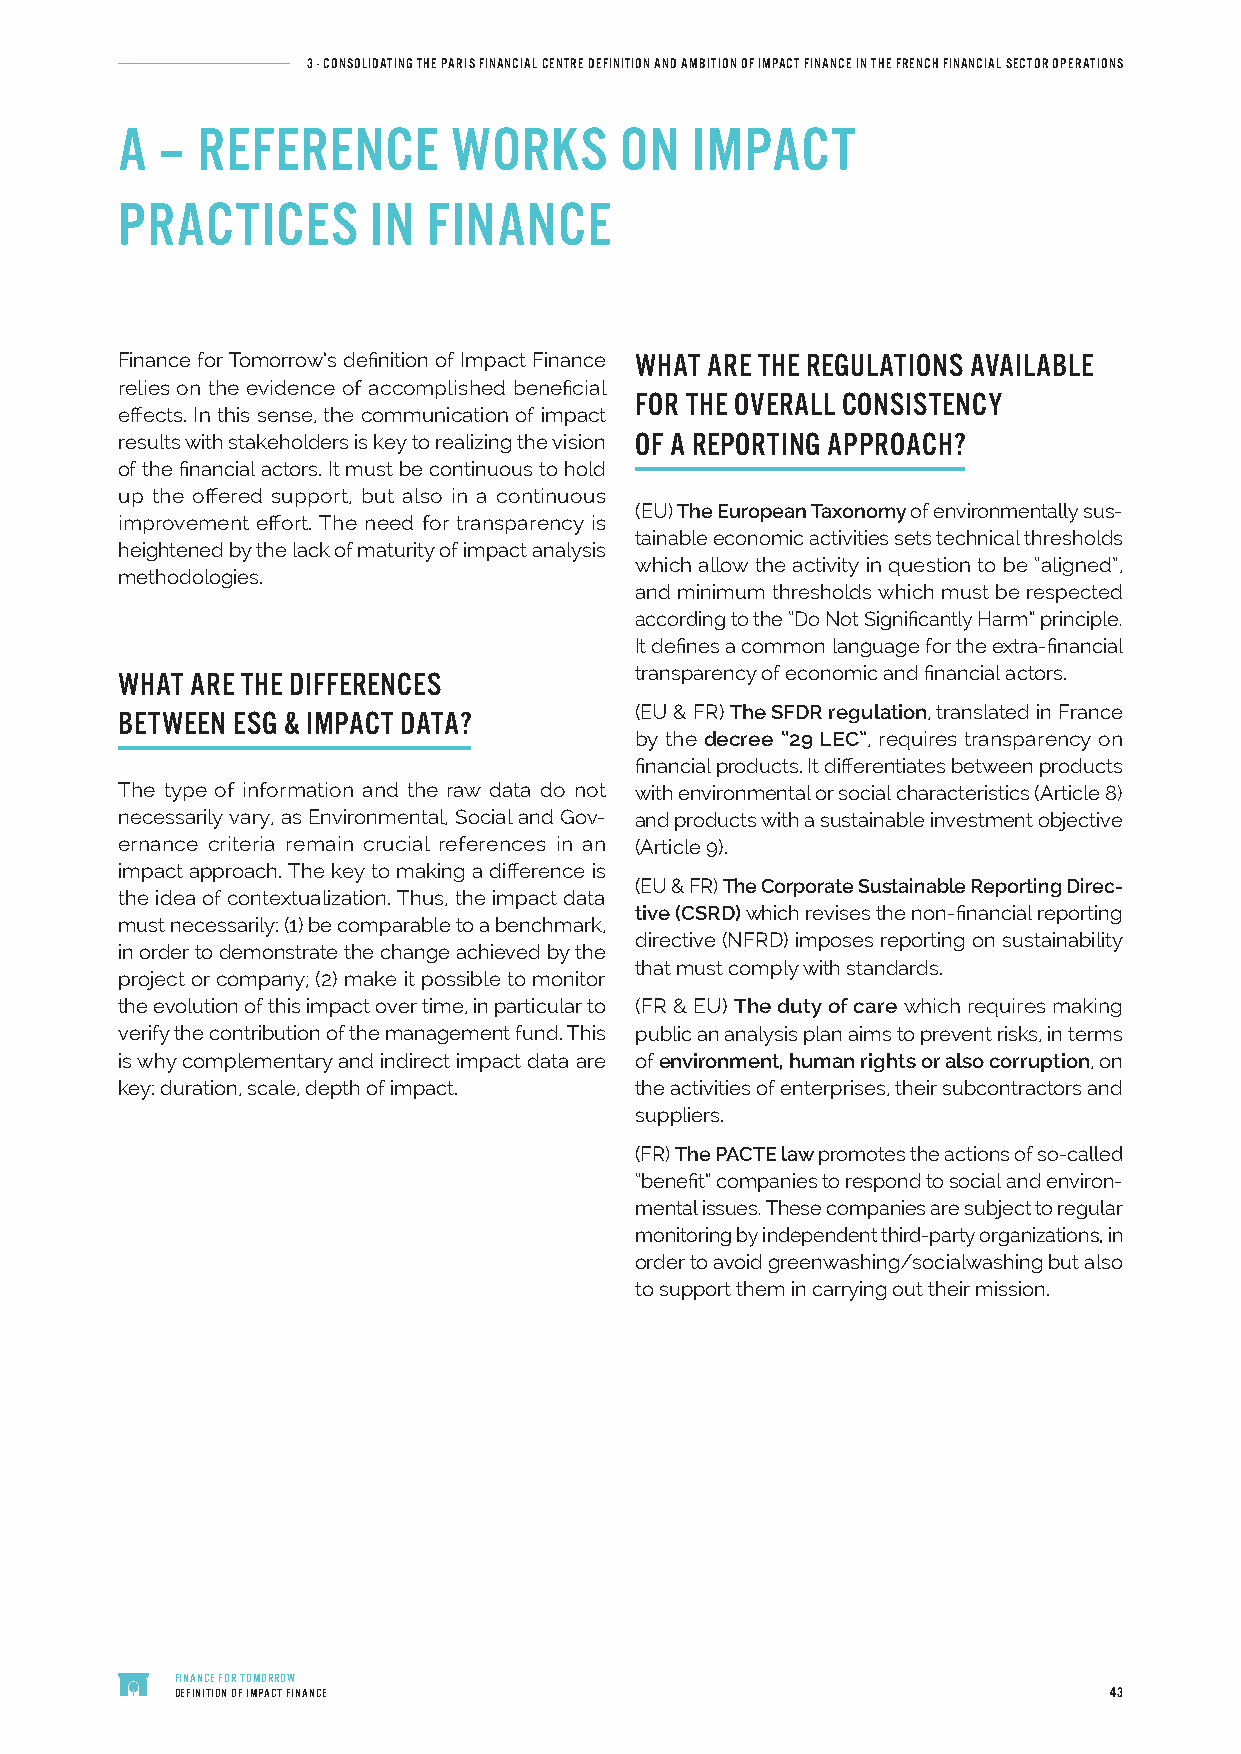
3 - CONSOLIDATING THE PARIS FINANCIAL CENTRE DEFINITION AND AMBITION OF IMPACT FINANCE IN THE FRENCH FINANCIAL SECTOR OPERATIONS
 A  – REFERENCE        WORKS      ON   IMPACT
 PRACTICES        IN FINANCE
 Finance for Tomorrow’s definition of Impact Finance WHAT ARE THE REGULATIONS AVAILABLE
 relies on the evidence of accomplished beneficial
 FOR THE OVERALL CONSISTENCY
 effects. In this sense, the communication of impact
 results with stakeholders is key to realizing the vision OF A REPORTING APPROACH?
 of the financial actors. It must be continuous to hold
 up the offered support, but also in a continuous
 (EU) The European Taxonomy of environmentally sus-
 improvement effort. The need for transparency is
 tainable economic activities sets technical thresholds
 heightened by the lack of maturity of impact analysis
 which allow the activity in question to be “aligned”,
 methodologies.
 and minimum thresholds which must be respected
 according to the “Do Not Significantly Harm” principle.
 It defines a common language for the extra-financial
 WHAT ARE THE DIFFERENCES          transparency of economic and financial actors.
 BETWEEN ESG & IMPACT DATA?        (EU & FR) The SFDR regulation, translated in France
 by the decree “29 LEC”, requires transparency on
 financial products. It differentiates between products
 The type of information and the raw data do not with environmental or social characteristics (Article 8)
 necessarily vary, as Environmental, Social and Gov- and products with a sustainable investment objective
 ernance criteria remain crucial references in an (Article 9).
 impact approach. The key to making a difference is
 (EU & FR) The Corporate Sustainable Reporting Direc-
 the idea of contextualization. Thus, the impact data
 tive (CSRD) which revises the non-financial reporting
 must necessarily: (1) be comparable to a benchmark,
 directive (NFRD) imposes reporting on sustainability
 in order to demonstrate the change achieved by the
 that must comply with standards.
 project or company; (2) make it possible to monitor
 the evolution of this impact over time, in particular to (FR & EU) The duty of care which requires making
 verify the contribution of the management fund. This public an analysis plan aims to prevent risks, in terms
 is why complementary and indirect impact data are of environment, human rights or also corruption, on
 key: duration, scale, depth of impact. the activities of enterprises, their subcontractors and
 suppliers.
 (FR) The PACTE law promotes the actions of so-called
 “benefit” companies to respond to social and environ-
 mental issues. These companies are subject to regular
 monitoring by independent third-party organizations, in
 order to avoid greenwashing/socialwashing but also
 to support them in carrying out their mission.
 FINANCE FOR TOMORROW
 DEFINITION OF IMPACT FINANCE                                 43